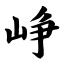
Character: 峥